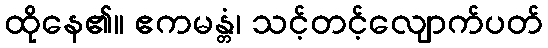
ထိုနေ၏။ ဧကမန္တံ၊ သင့်တင့်လျောက်ပတ်